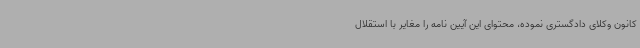
کانون وکلای دادگستری نموده، محتوای این آیین نامه را مغایر با استقلال